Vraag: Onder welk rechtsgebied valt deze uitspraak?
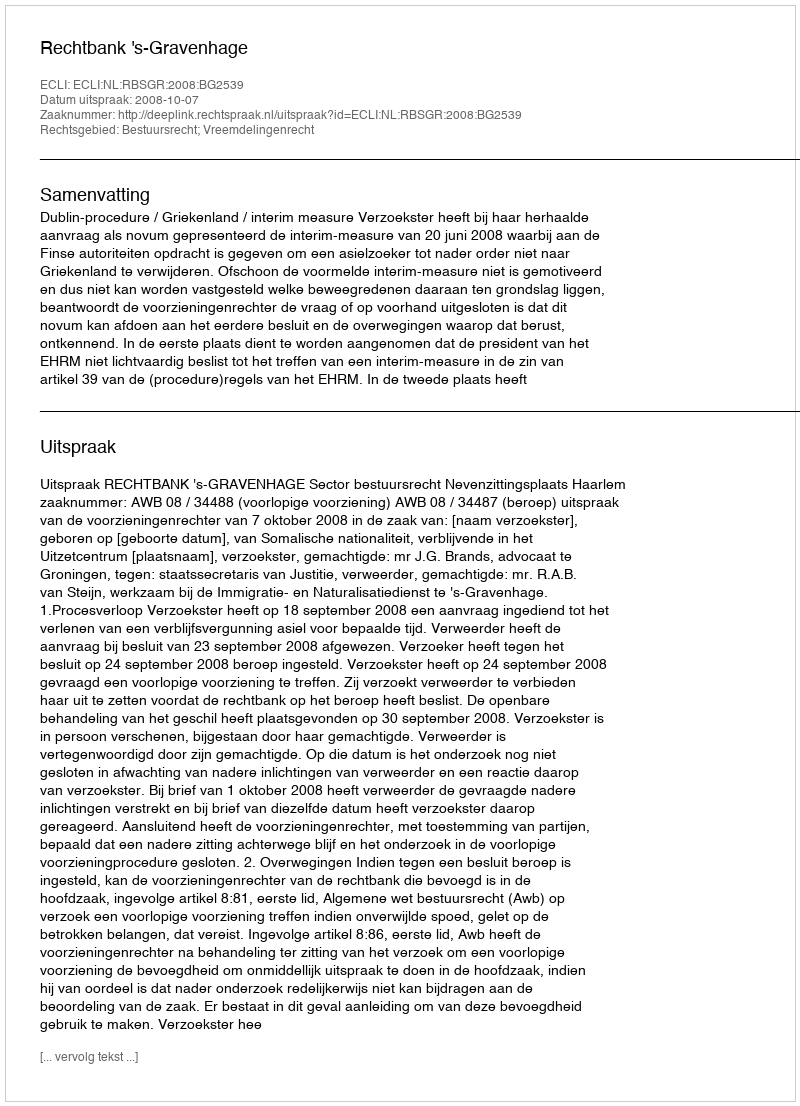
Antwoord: Bestuursrecht; Vreemdelingenrecht